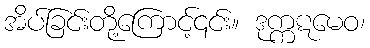
အိပ်ခြင်းတို့ကြောင့်၎င်း။ ဒုက္ကဋမေဝ၊